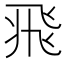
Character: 𩙱